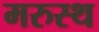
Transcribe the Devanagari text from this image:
मरुस्थ